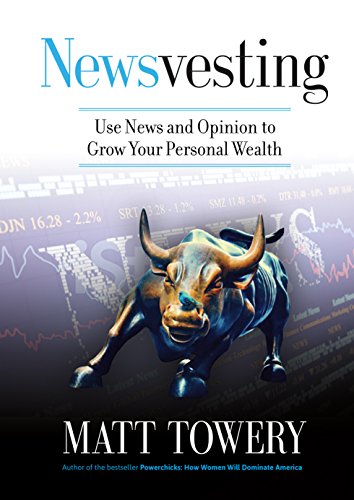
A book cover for Newsvesting; Matt Towery; Business & Money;